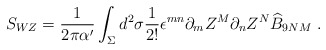
\begin{align*}S_{WZ} = \frac{1}{2 \pi \alpha'} \int_\Sigma d^2 \sigma \frac{1}{2!} \epsilon^{mn} \partial_m Z^M \partial_n Z^N \widehat{B}_{9NM} ~.\end{align*}